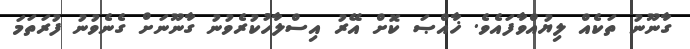
ގާނޫނު ތަކެއް ލިޔުއްވާފައެވެ. ޚާއްޞަ ކޮށް އޭރު އިސްލާހުކުރެވުނު ގާނޫނަށް ގެނެވުނު ފުރަތަމަ